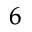
^ 6